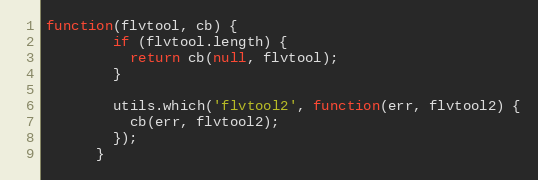
Language: JavaScript
function(flvtool, cb) {
        if (flvtool.length) {
          return cb(null, flvtool);
        }

        utils.which('flvtool2', function(err, flvtool2) {
          cb(err, flvtool2);
        });
      }